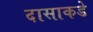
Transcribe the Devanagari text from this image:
दासाकडे